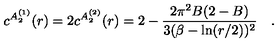
c ^ { A _ { 2 } ^ { ( 1 ) } } ( r ) = 2 c ^ { A _ { 2 } ^ { ( 2 ) } } ( r ) = 2 - \frac { 2 \pi ^ { 2 } B ( 2 - B ) } { 3 ( \beta - \ln ( r / 2 ) ) ^ { 2 } } \quad .